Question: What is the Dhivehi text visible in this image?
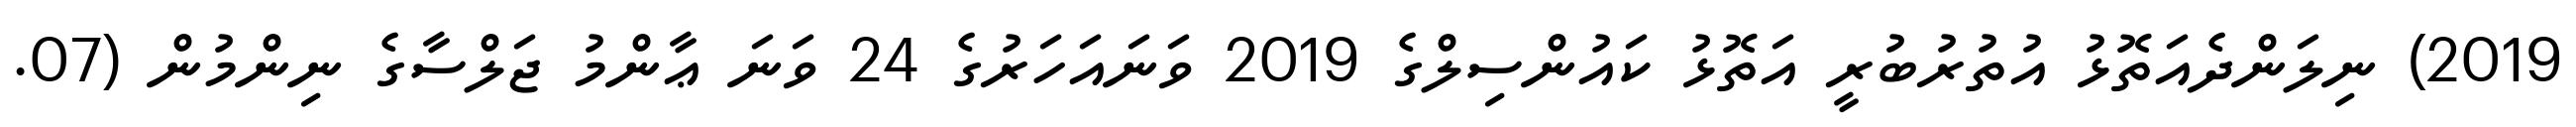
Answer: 2019) ނިލަންދެއަތޮޅު އުތުރުބުރީ އަތޮޅު ކައުންސިލްގެ 2019 ވަނައަހަރުގެ 24 ވަނަ ޢާންމު ޖަލްސާގެ ނިންމުން (07.